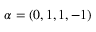
\alpha = ( 0 , 1 , 1 , - 1 )